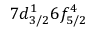
7 d _ { 3 / 2 } ^ { 1 } 6 f _ { 5 / 2 } ^ { 4 }